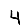
Digit: 4